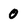
Character: 0